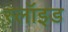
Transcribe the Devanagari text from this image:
स्लॉइड